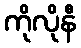
ကိုလိုနီ